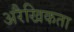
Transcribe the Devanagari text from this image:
अरैखिकता